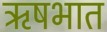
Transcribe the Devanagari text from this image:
ऋषभात